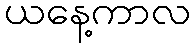
ယနေ့ကာလ